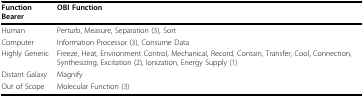
| Function Bearer | OBI Function |
 | --- | --- |
 | Human | Perturb, Measure, Separation (3), Sort |
 | Computer | Information Processor (3), Consume Data |
 | Highly Generic | Freeze, Heat, Environment Control, Mechanical, Record, Contain, Transfer, Cool, Connection, Synthesizing, Excitation (2), Ionization, Energy Supply (1) |
 | Distant Galaxy | Magnify |
 | Out of Scope | Molecular Function (3) |